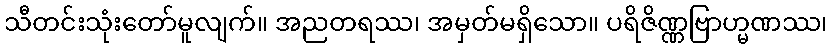
သီတင်းသုံးတော်မူလျက်။ အညတရဿ၊ အမှတ်မရှိသော။ ပရိဇိဏ္ဏဗြာဟ္မဏဿ၊